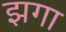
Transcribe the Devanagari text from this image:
झगा